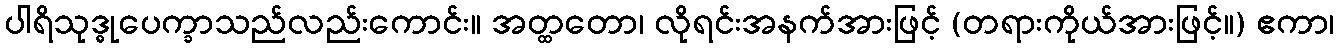
ပါရိသုဒ္ဓုပေက္ခာသည်လည်းကောင်း။ အတ္ထတော၊ လိုရင်းအနက်အားဖြင့် (တရားကိုယ်အားဖြင့်။) ဧကာ၊